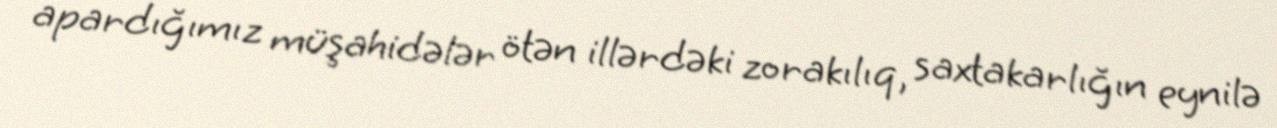
apardığımız müşahidələr ötən illərdəki zorakılıq, saxtakarlığın eynilə